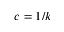
c = 1 / k